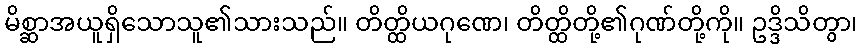
မိစ္ဆာအယူရှိသောသူ၏သားသည်။ တိတ္ထိယဂုဏေ၊ တိတ္ထိတို့၏ဂုဏ်တို့ကို။ ဥဒ္ဒိသိတွာ၊